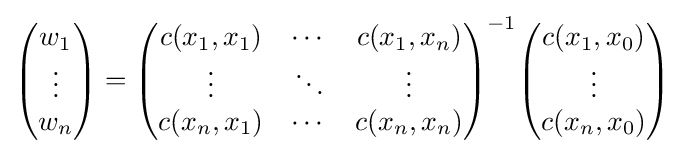
{\begin{pmatrix}w_{1}\\\vdots \\w_{n}\end{pmatrix}}={\begin{pmatrix}c(x_{1},x_{1})&\cdots &c(x_{1},x_{n})\\\vdots &\ddots &\vdots \\c(x_{n},x_{1})&\cdots &c(x_{n},x_{n})\end{pmatrix}}^{-1}{\begin{pmatrix}c(x_{1},x_{0})\\\vdots \\c(x_{n},x_{0})\end{pmatrix}}